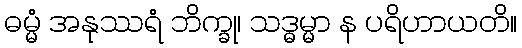
ဓမ္မံ အနုဿရံ ဘိက္ခု၊ သဒ္ဓမ္မာ န ပရိဟာယတိ။